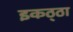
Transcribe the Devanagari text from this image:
इकठ्‌ठा